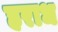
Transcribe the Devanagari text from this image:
हराध